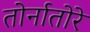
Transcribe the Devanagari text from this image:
तोर्नातोरे